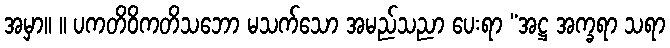
အမှာ။ ။ ပကတိဝိကတိသဘော မသက်သော အမည်သညာ ပေးရာ “အဋ္ဌ အက္ခရာ သရာ